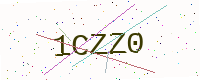
Text: 1CZZ0